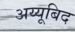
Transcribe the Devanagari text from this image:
अय्यूबिद